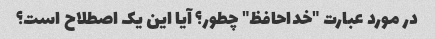
در مورد عبارت "خداحافظ" چطور؟ آیا این یک اصطلاح است؟